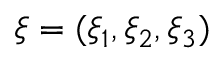
\boldsymbol { \xi } = ( \xi _ { 1 } , \xi _ { 2 } , \xi _ { 3 } )